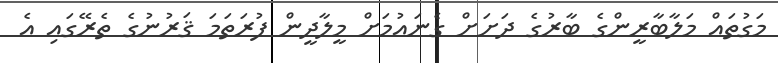
މަގުތައް މަލާބާރީންގެ ބާރުގެ ދަށަށް ގެނައުމަށް މީލާދީން ފުރަތަމަ ޤަރުނުގެ ތެރޭގައި އެ